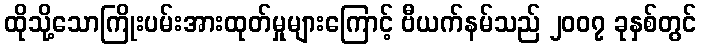
ထိုသို့သောကြိုးပမ်းအားထုတ်မှုများကြောင့် ဗီယက်နမ်သည် ၂၀၀၇ ခုနှစ်တွင်